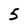
Character: 5